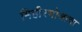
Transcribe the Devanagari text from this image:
मिहीरभोजाचा